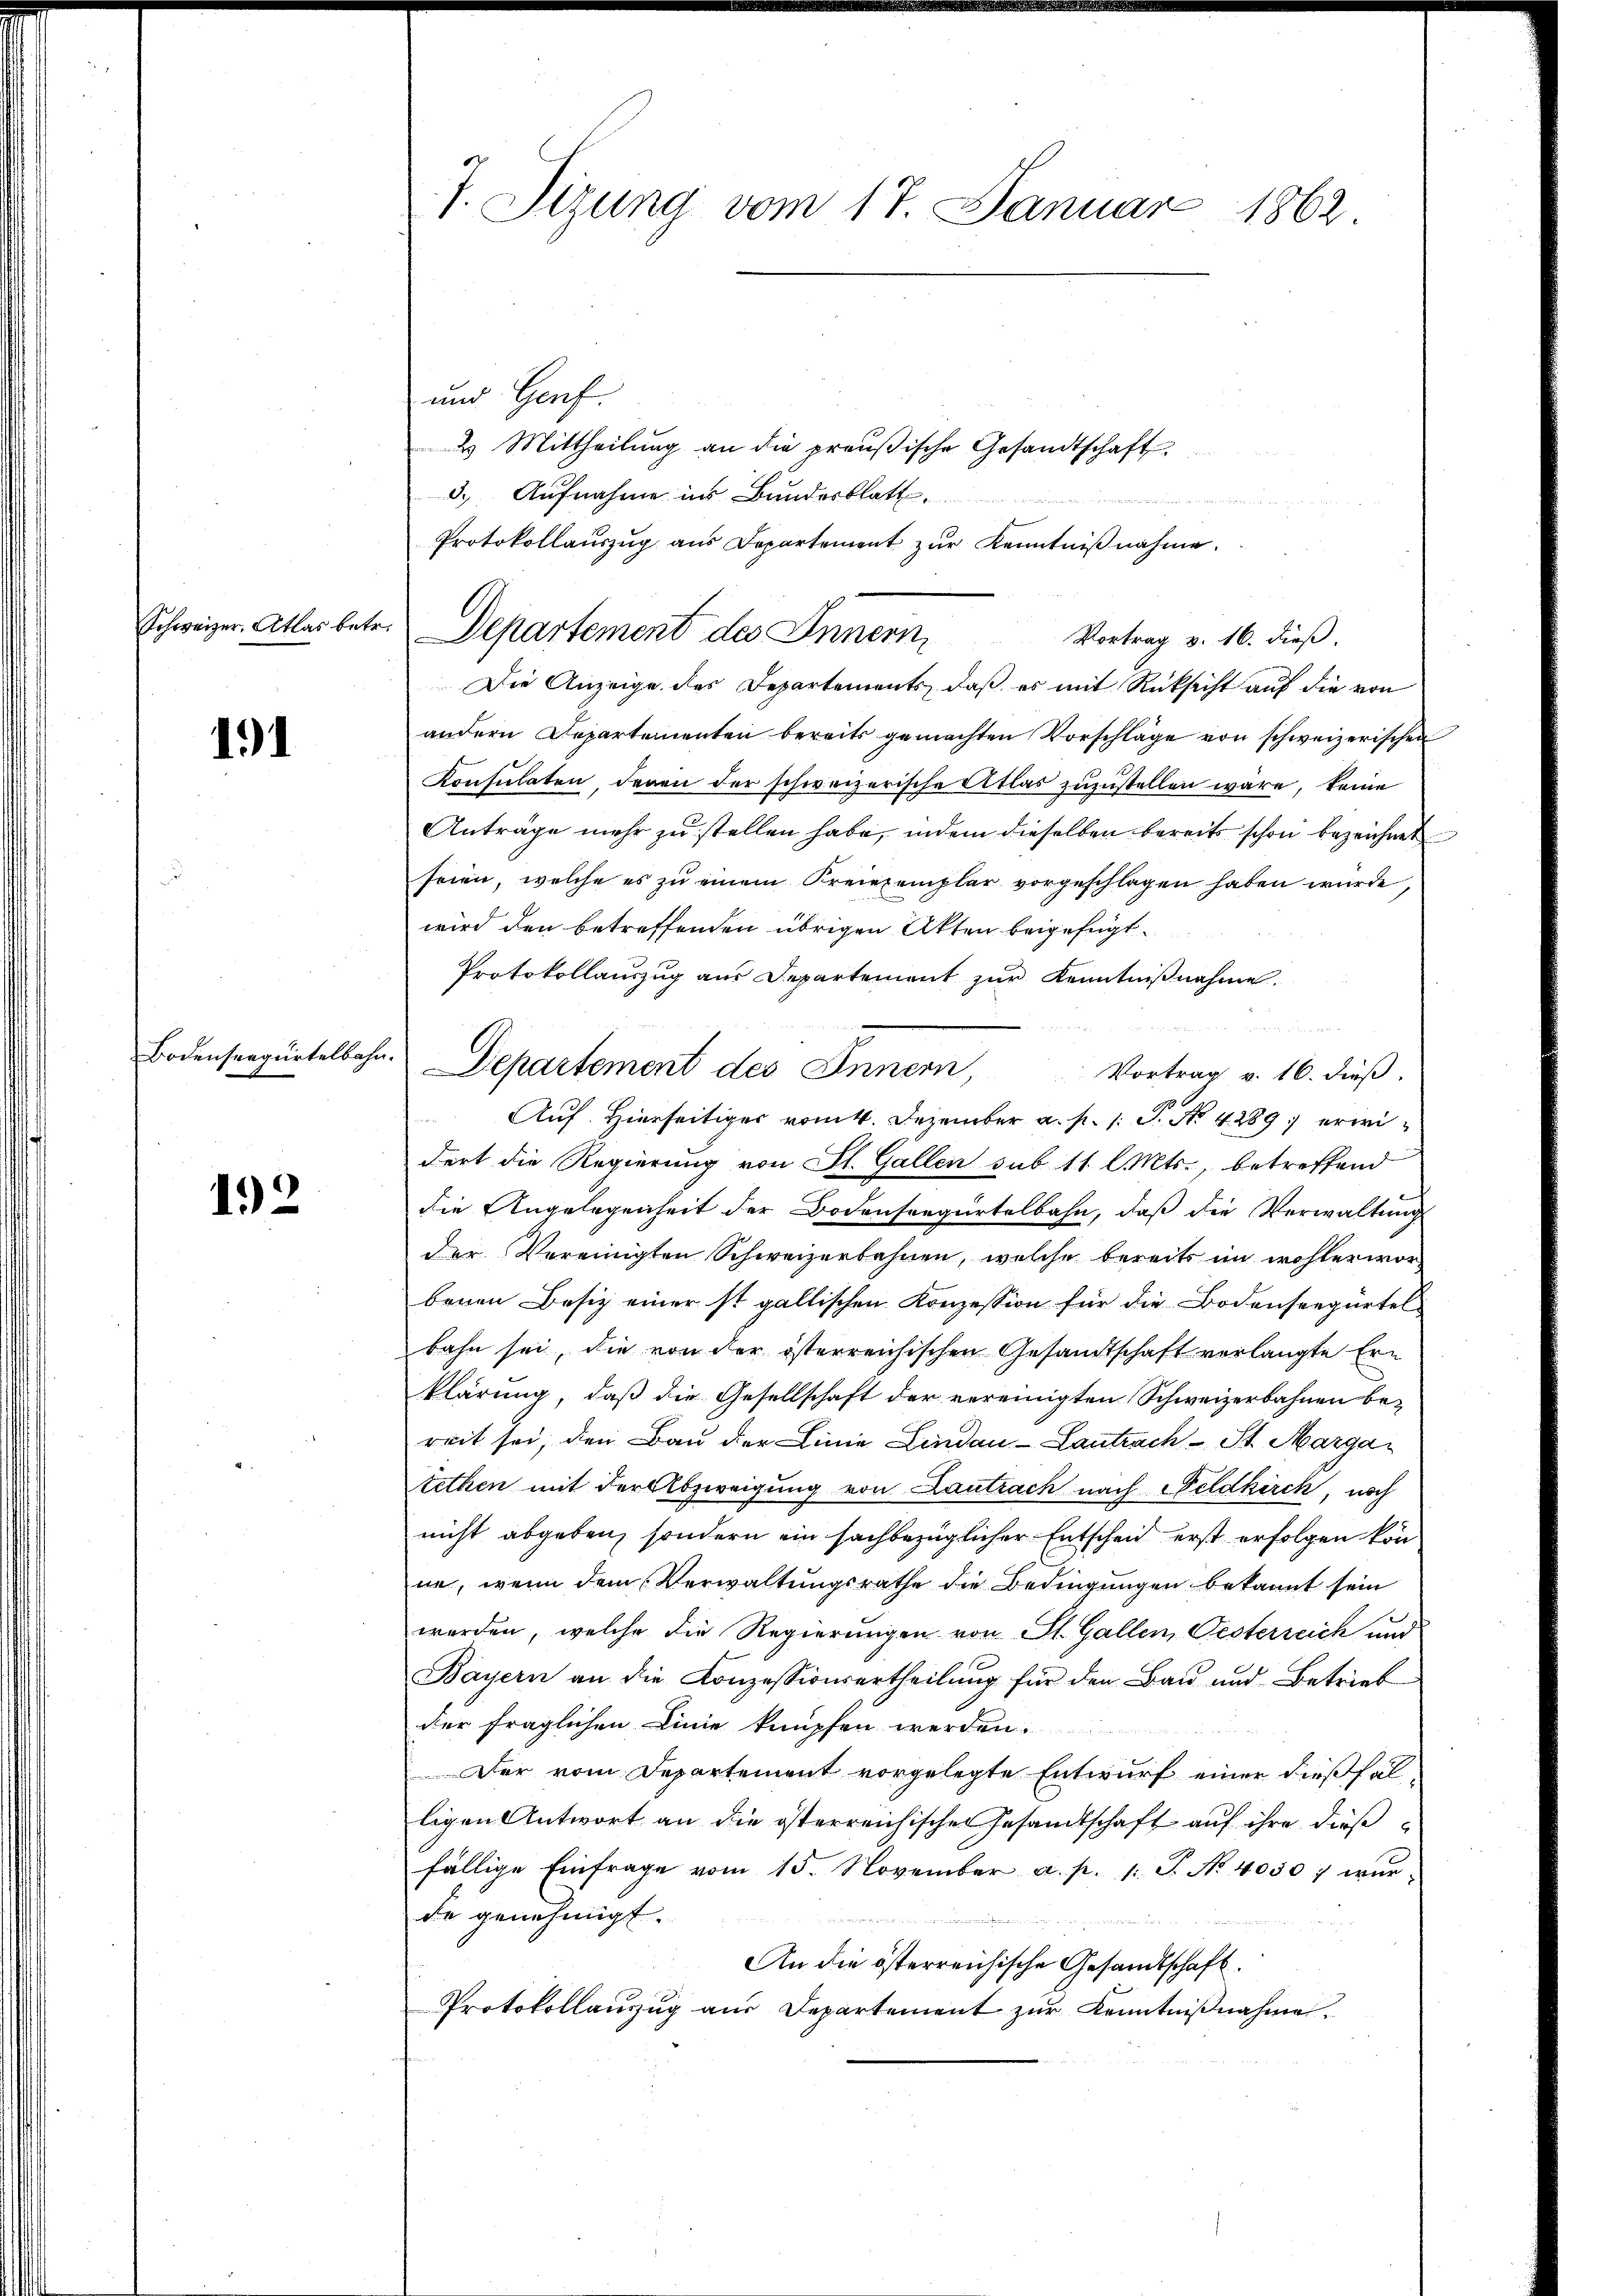
Schweizer, Atlas betr.

191

Bodenseegürtelbah

192

u.

7. Sizung vom 17. Januar 1862.

und Genf.
2 Mittheilŭng an die preußische Gesandtschaft
3.) Aufnahme ins Bundesblatt.
.
Protokollaŭszŭg aŭs Departement zŭr Kenntniβnahme.
Vortrag v. 16. dieß.
Die Anzeige des Departements, daß es mit Rücksicht auf die von
andern Departementen bereits gemachten Vorschläge von schweizerischen
Konsulaten, deren der schweizerische Atlas zuzustellen wäre, keine
Anträge mehr zu stellen habe, indem dieselben bereits schon bezeichnet
seien, welche es zu einem Kreiszemplar vorgeschlagen haben würde,
wird den betreffenden übrigen Akten beigefügt.
Protokollauszug aus Departement zur Kenntnißnahme.
Vortrag v. 16. dieß.
Auf. Hierseitiges vom 4. Dezember a. p. 1. P. No 4289 erwidert die Regierung von St. Gallen sub 11 l. Mts., betreffend
die Angelegenheit der Bodensregürtelbahn, daß die Verwaltung
der Vereinigten Schweizerbahnen, welche bereits im wohlerworbenen Besiz einer ist gallischen Konzession für die Bodenseegürtel
bahn sei, die von der österreichischen Gesandtschaft verlangte Ern
klärung, daß die Gesellschaft der vereinigten Schweizerbahnen bereit sei, den Bau der Linie Lindau - Lantrach St. Margatethen mit der Abzweigung von Lantrach nach Feldkirch, noch
nicht abgeben, sondern ein sachbezüglicher Entscheid erst erfolgen könne, wenn dem Verwaltungsrathe die Bedingungen bekannt sein
werden, welche die Regierungen von St. Gallen, Oesterreich und
Bayern an die Conzessionsertheilŭng für den Bau und Betrieb
der fraglichen Linie knüpfen werden.
Der vom Departement vorgelegte Entwurf einer dießfälligen Antwort an die österreichischen Gesandtschaft auf ihre dießfällige Einfrage vom 15. November a. p. 1 S. N. 4050; wür-
de genehmigt.

die Bedenen
An die österreichische Gesandtschaft.
Protokollauszug aus Departement zur Kenntnißnahme.

Departement des Innern

Departement des Innern